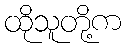
ထိုသူတို့က